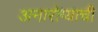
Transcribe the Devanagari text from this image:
अनारोग्याची